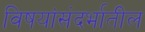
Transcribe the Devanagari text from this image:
विषयांसंदर्भातील